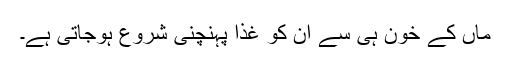
ماں کے خون ہی سے ان کو غذا پہنچنی شروع ہوجاتی ہے۔